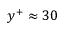
y ^ { + } \approx 3 0